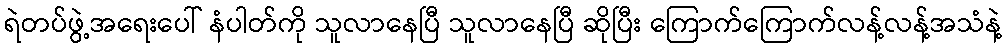
ရဲတပ်ဖွဲ့အရေးပေါ် နံပါတ်ကို သူလာနေပြီ သူလာနေပြီ ဆိုပြီး ကြောက်ကြောက်လန့်လန့်အသံနဲ့